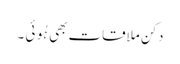
دکن ملاقات بھی ہُوئی ۔